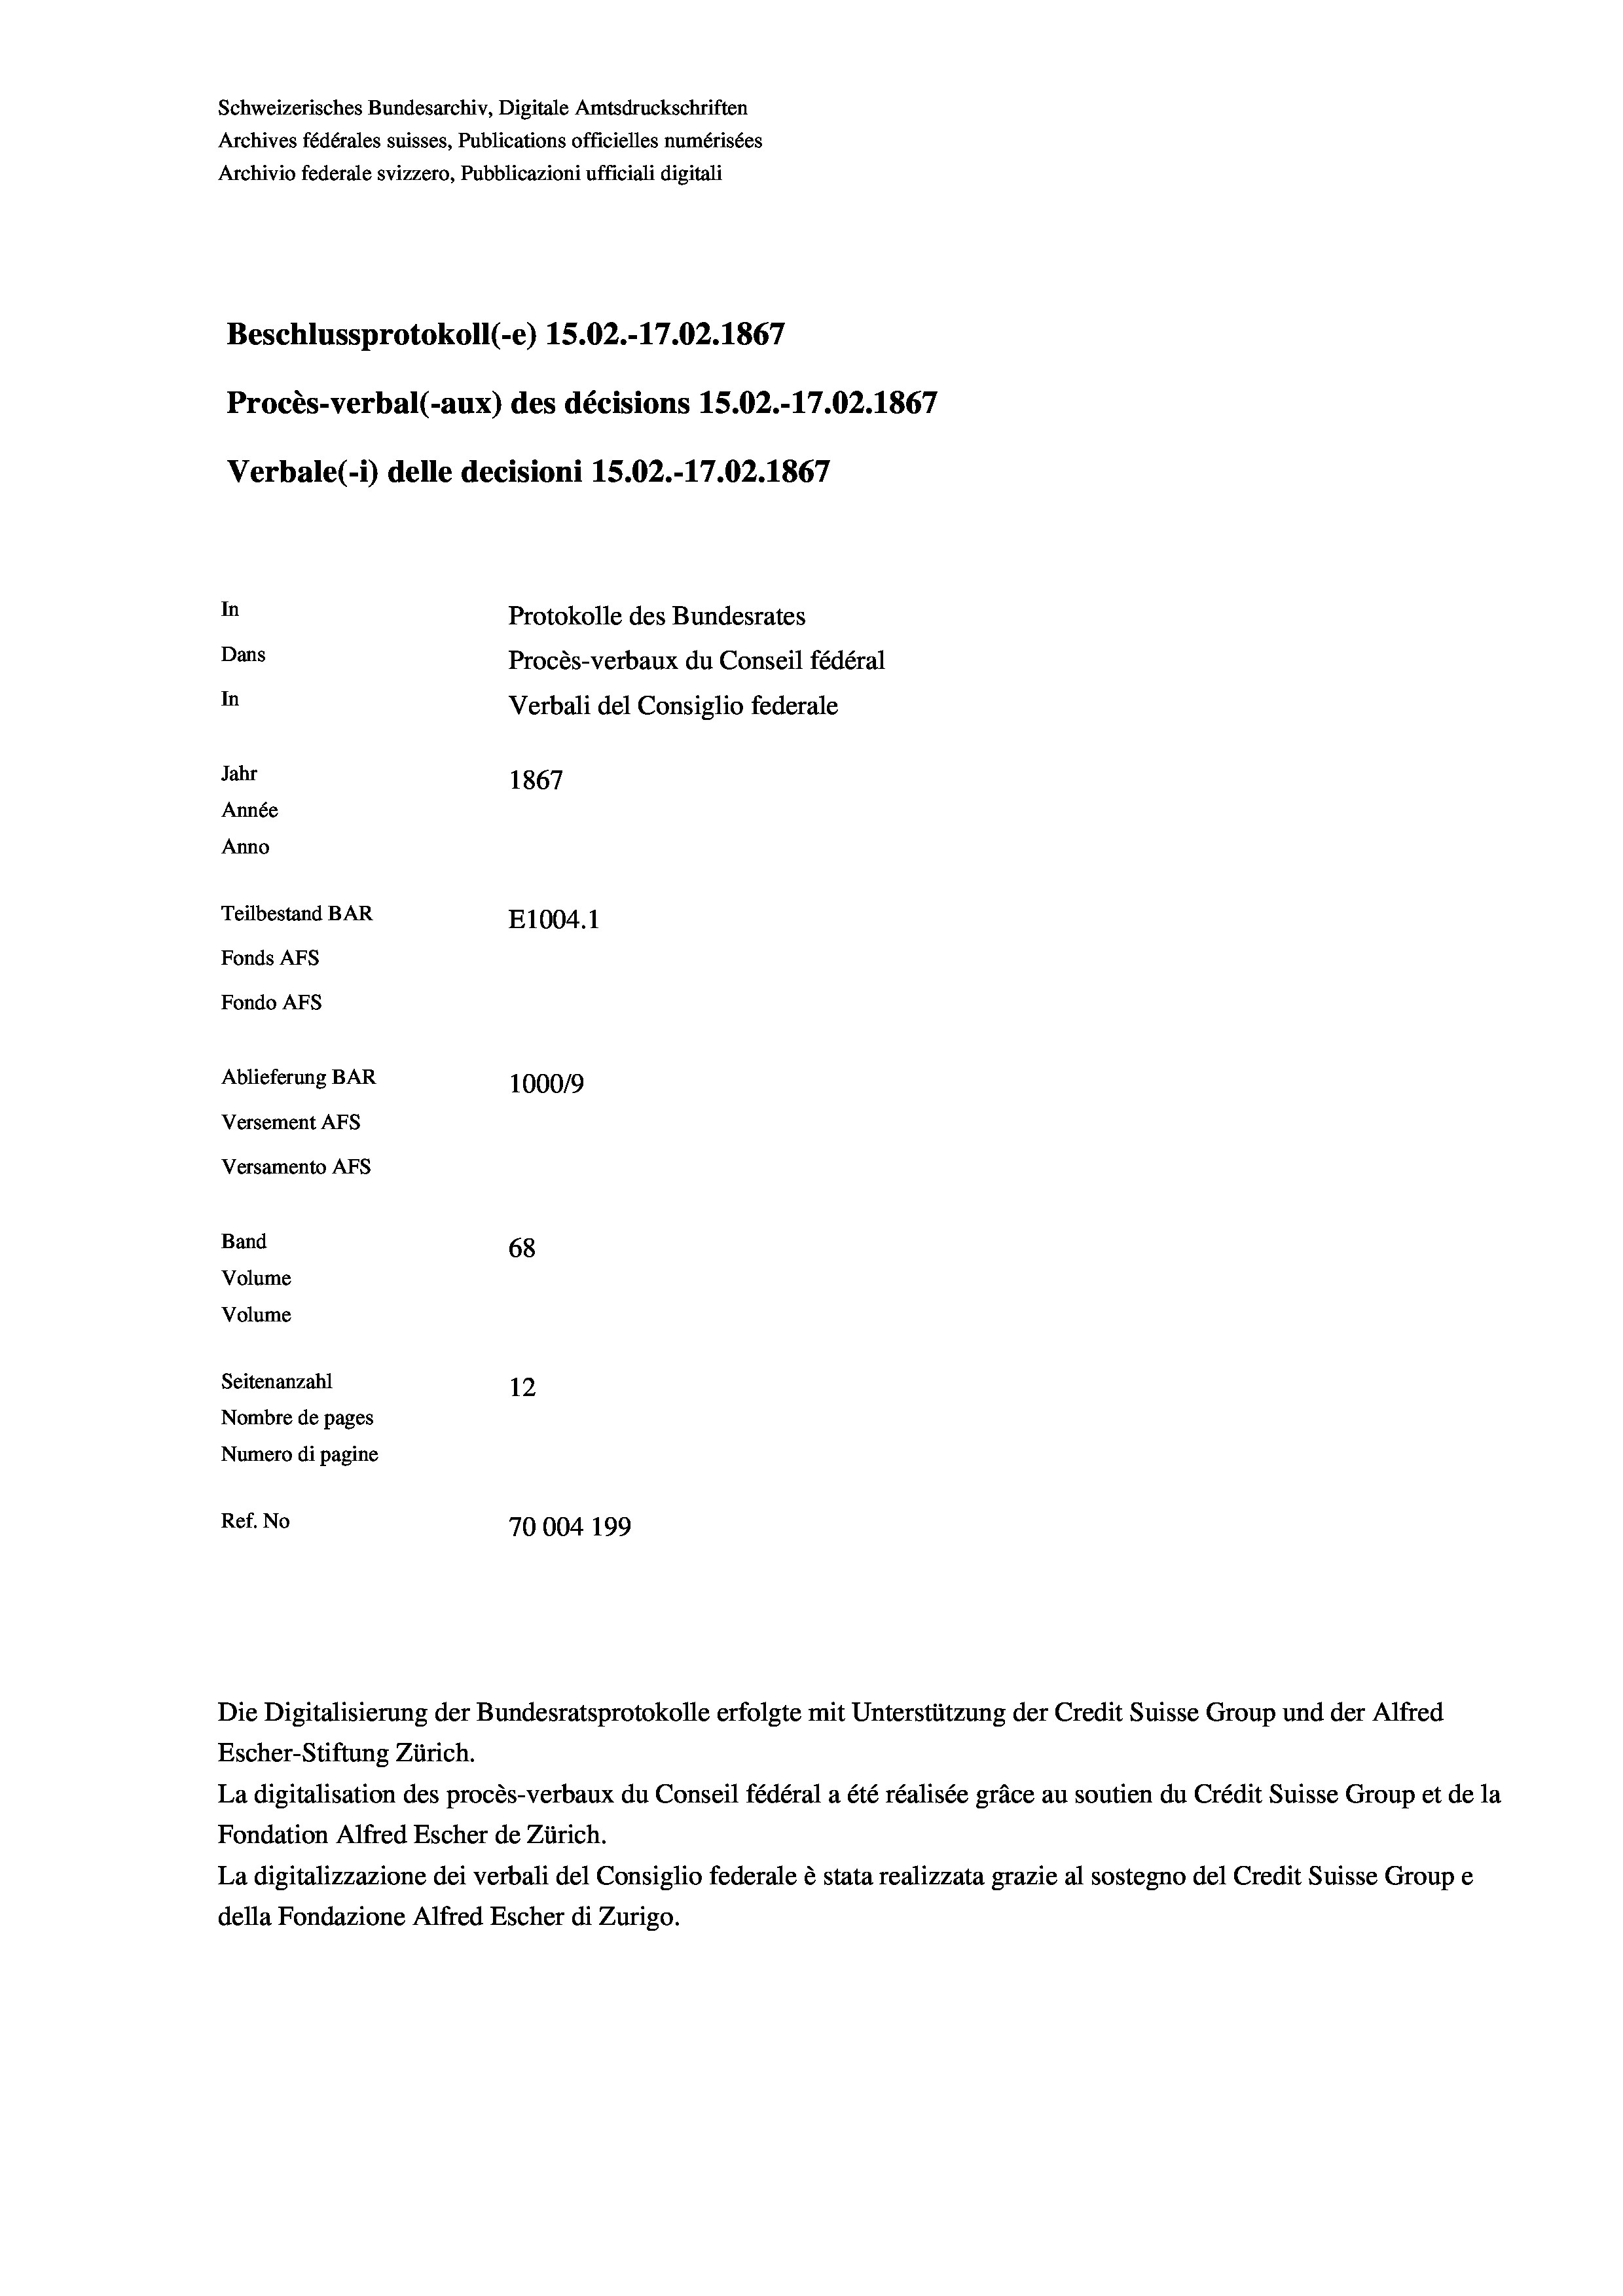
Schweizerisches Bundesarchiv, Digitale Amtsdruckschriften
Archives fédérales suisses, Publications officielles numérisées
Archivio federale svizzero, Pubblicazioni ufficiali digitali
Beschlussprotokoll (-e) 1S.02.-17.02. 1867
Procès-verbal (-aux) des décisions 15.02.-17.02. 1867
Verbale (- 1) delle decisioni 15.02.-17.02. 1867
In
Protokolle des Bundesrates
Dans
Procès-verbaux du Conseil fédéral
In
Verbali del Consiglio federale
Jahr
1867
Année
Anno
Teilbestand BAR
E1004.1
Fonds AFs
Fondo AFS
Ablieferung BAR
100019
Versement AFs
Versamento AFs
Band

68
Volume
Volume
Seitenanzahl
12
Nombre de pages
Numero di pagine
Ref. No
70004 199

Die Digitalisierung der Bundesratsprotokolle erfolgte mit Unterstützung der Credit Suisse Group und der Alfred
Escher-Stiftung Zürich.
La digitalisation des procès-verbaux du Conseil fédéral a été réalisée gräce au soutien du Crédit Suisse Group et de la
Fondation Alfred Escher de Zürich.
La digitalizzazione dei verbali del Consiglio federale è stata realizzata grazie al sostegno del Credit Suisse Groupe
della Fondazione Alfred Escher di Zurigo.